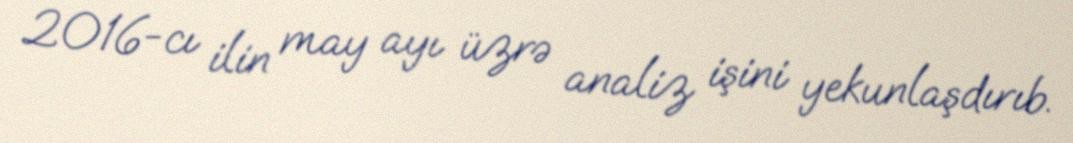
2016-cı ilin may ayı üzrə analiz işini yekunlaşdırıb.